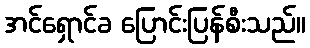
အင်ရှောင်ခ ပြောင်းပြန်စီးသည်။